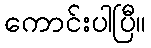
ကောင်းပါပြီ။